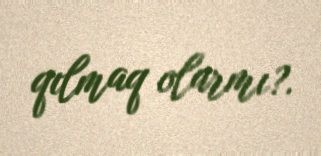
qılmaq olarmı?.